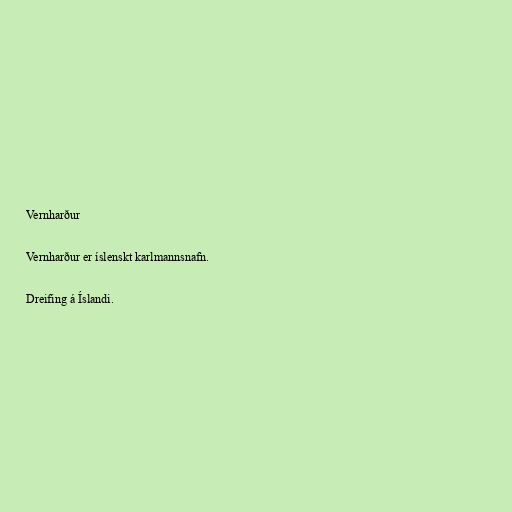
Vernharður

Vernharður er íslenskt karlmannsnafn.

Dreifing á Íslandi.